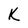
Character: k